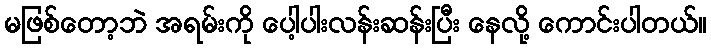
မဖြစ်တော့ဘဲ အရမ်းကို ပေါ့ပါးလန်းဆန်းပြီး နေလို့ ကောင်းပါတယ်။